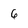
Character: 6